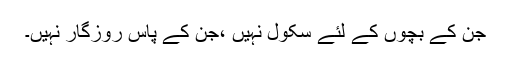
جن کے بچوں کے لئے سکول نہیں ،جن کے پاس روزگار نہیں۔